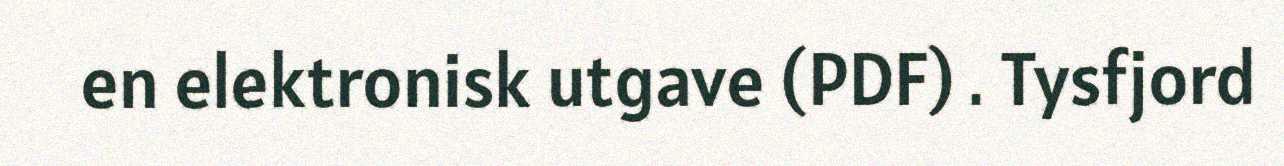
en elektronisk utgave (PDF) . Tysfjord